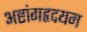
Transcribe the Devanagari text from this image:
अष्टांगहृदयम